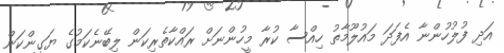
އަދި ފުލުހުންނާ އެފަދަ މައުލޫމާތު ހިއްސާ ކުރާ މީހުންނަށް ރައްކާތެރިކަން ލިބޭނެކަމުގެ ޔަގީންކަން